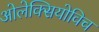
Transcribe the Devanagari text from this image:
ओलेक्सियोविच